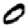
Digit: 0